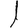
Digit: 1